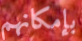
بإمكانهم